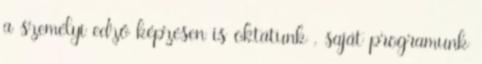
a személyi edző képzésen is oktatunk , saját programunk